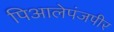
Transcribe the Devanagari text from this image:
पिआलेपंजपीर